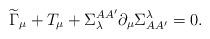
LaTeX: \begin{align*}\widetilde{\Gamma }_{\mu }+T_{\mu }+\Sigma _{\lambda }^{AA^{\prime}}\partial _{\mu }\Sigma _{AA^{\prime }}^{\lambda }=0. \end{align*}